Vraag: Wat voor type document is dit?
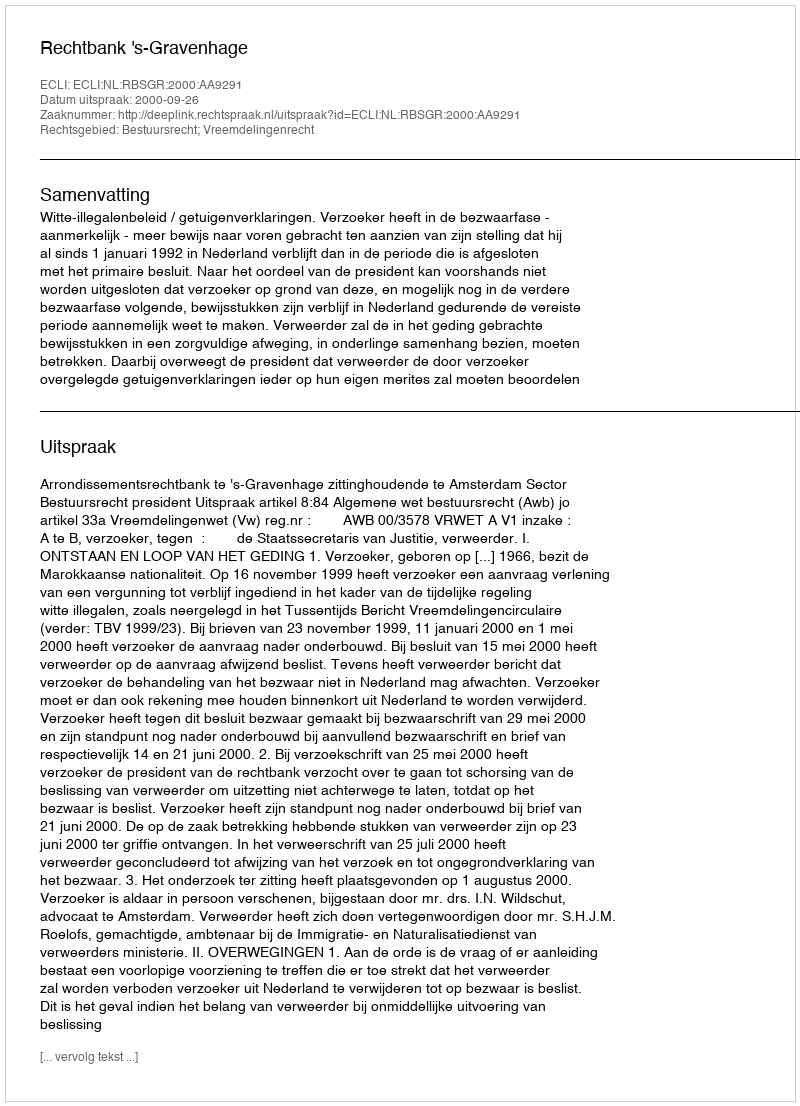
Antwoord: Uitspraak